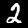
Digit: 2